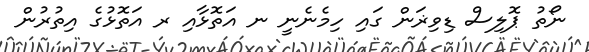
ނޯތު ޕޮލިސް ޑިވިޜަން ގައި ހިމެނެނީ ނ އަތޮޅާއި ރ އަތޮޅުގެ އިތުރުން